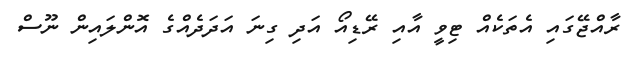
ރާއްޖޭގައި އެތަކެއް ޓިވީ އާއި ރޭޑިއޯ އަދި ގިނަ އަދަދެއްގެ އޮންލައިން ނޫސް